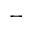
-